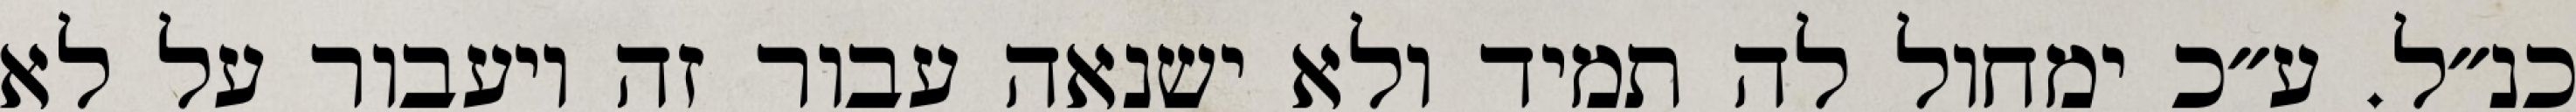
כנ״ל. ע״כ ימחול לה תמיד ולא ישנאה עבור זה ויעבור על לא